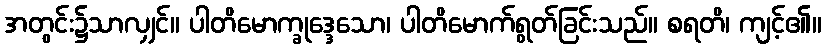
အတွင်း၌သာလျှင်။ ပါတိမောက္ခုဒ္ဒေသော၊ ပါတိမောက်ရွတ်ခြင်းသည်။ စရတိ၊ ကျင့်၏။